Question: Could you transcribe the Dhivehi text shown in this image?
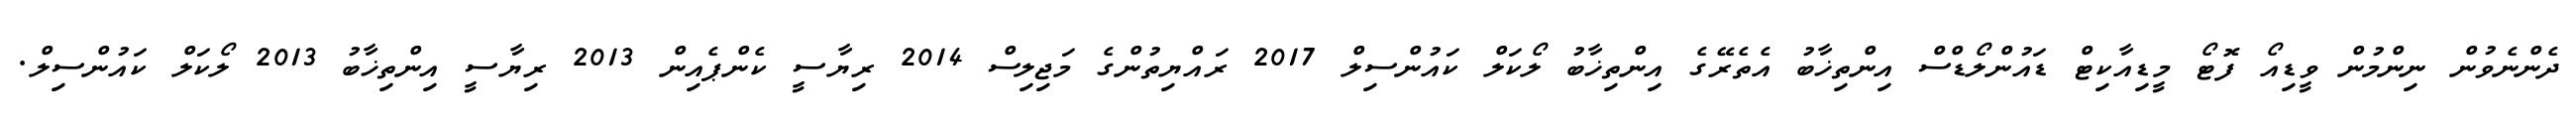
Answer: ދެންނެވުން ނިންމުން ވީޑިއޯ ފޮޓޯ މީޑިއާކިޓް ޑައުންލޯޑްސް އިންތިޚާބު އެތެރޭގެ އިންތިޚާބު ލޯކަލް ކައުންސިލް 2017 ރައްޔިތުންގެ މަޖިލިސް 2014 ރިޔާސީ ކެންޕެއިން 2013 ރިޔާސީ އިންތިޚާބު 2013 ލޯކަލް ކައުންސިލް.